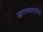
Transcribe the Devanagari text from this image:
आमच्यावरील